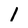
Character: 1